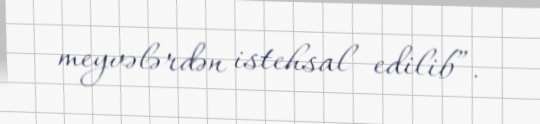
meyvələrdən istehsal edilib”.